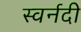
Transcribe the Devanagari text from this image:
स्वर्नदी